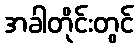
အခါတိုင်းတွင်